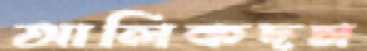
আলিকদম